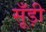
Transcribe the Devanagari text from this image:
सूँड़ी